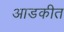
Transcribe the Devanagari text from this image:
आडकीत